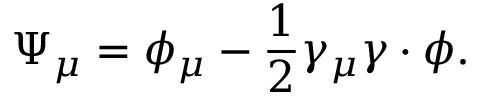
\Psi _ { \mu } = \phi _ { \mu } - \frac { 1 } { 2 } \gamma _ { \mu } \gamma \cdot \phi .